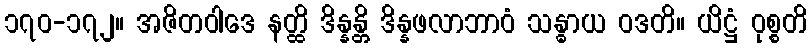
၁၇၀-၁၇၂။ အဇိတဝါဒေ နတ္ထိ ဒိန္နန္တိ ဒိန္နဖလာဘာဝံ သန္ဓာယ ဝဒတိ။ ယိဋ္ဌံ ဝုစ္စတိ